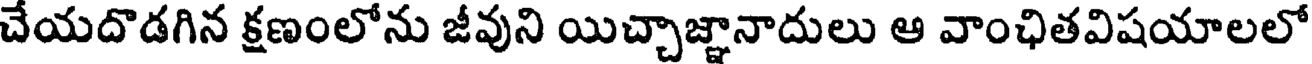
చేయదొడగిన క్షణంలోను జీవుని యిచ్చాజ్ఞానాదులు ఆ వాంఛితవిషయాలలో